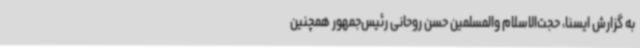
به گزارش ایسنا،‌ حجت‌الاسلام والمسلمین حسن روحانی رئیس‌جمهور همچنین